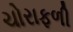
ચોરાફળી